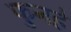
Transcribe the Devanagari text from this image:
फुनहे